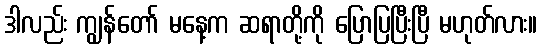
ဒါလည်း ကျွန်တော် မနေ့က ဆရာတို့ကို ပြောပြပြီးပြီ မဟုတ်လား။